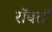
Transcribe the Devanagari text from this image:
रॉबर्तो